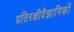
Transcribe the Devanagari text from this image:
प्रतिरक्षीवैज्ञानिकों